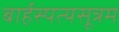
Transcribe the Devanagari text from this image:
बार्हस्पत्यसूत्रम